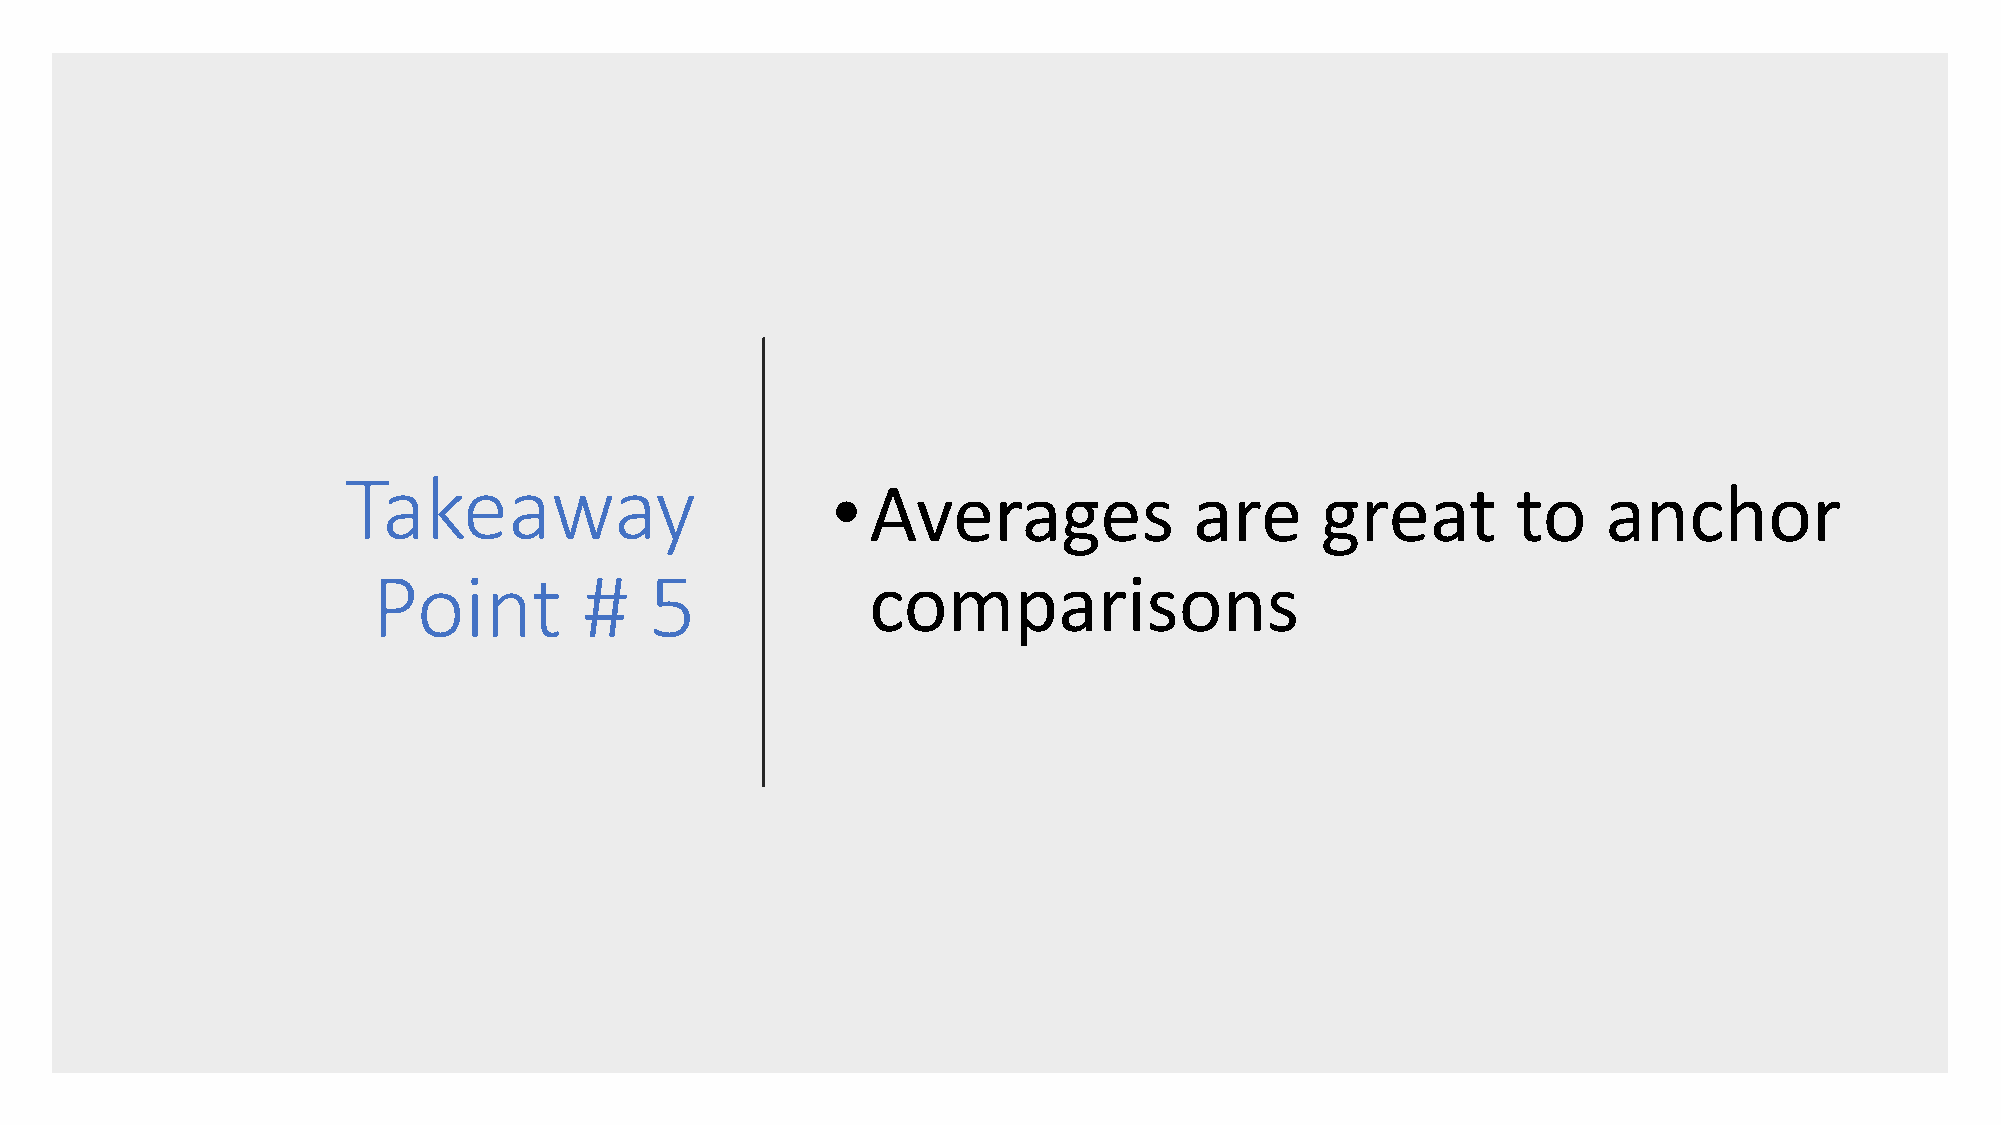
Takeaway                        •  Averages             are     great        to    anchor
 Point         #   5              comparisons